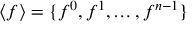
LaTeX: \langle f \rangle = \{ f ^ { 0 } , f ^ { 1 } , \dots , f ^ { n - 1 } \}